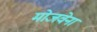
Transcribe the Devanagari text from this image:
मोजवेना